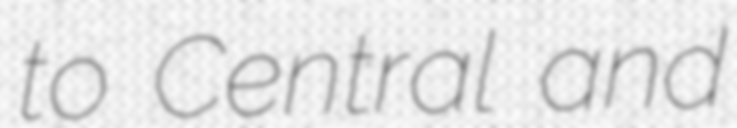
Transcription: to Central and